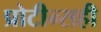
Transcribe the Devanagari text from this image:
प्रोटीन्सही